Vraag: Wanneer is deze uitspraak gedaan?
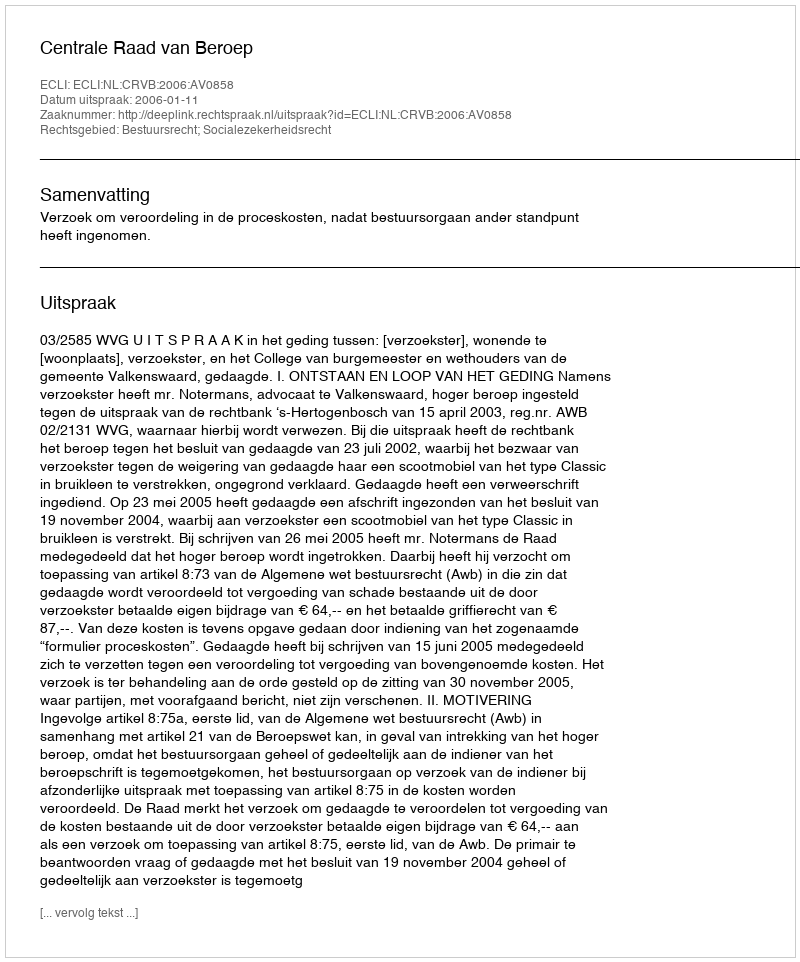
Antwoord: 2006-01-11